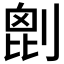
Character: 𠞇